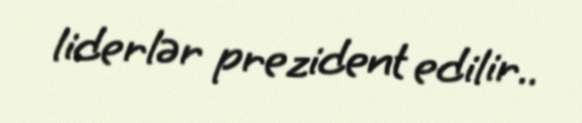
liderlər prezident edilir..